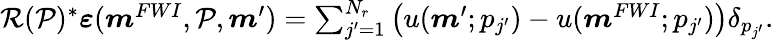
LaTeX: \begin{array}{r}{{\mathcal R}(\mathcal{P})^{*}\boldsymbol{\varepsilon}(\boldsymbol{m}^{FWI},\mathcal{P},\boldsymbol{m}^{\prime})=\sum_{j^{\prime}=1}^{N_{r}}\left(u(\boldsymbol{m}^{\prime};p_{j^{\prime}})-u(\boldsymbol{m}^{FWI};p_{j^{\prime}})\right)\delta_{p_{j^{\prime}}}.}\end{array}